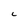
Character: C